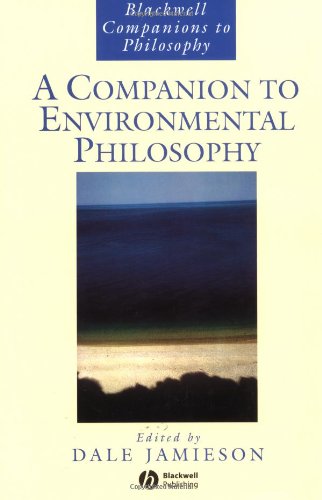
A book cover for A Companion to Environmental Philosophy; Politics & Social Sciences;